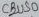
Text: CBUS0